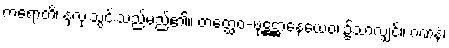
ကရောတိ၊ နှလုံးသွင်းသည်မည်၏။ တတ္ထေဝ-ဖုဋ္ဌဋ္ဌာနေယေဝ၊ ၌သာလျှင်။ ဂဏနံ၊